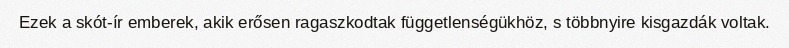
Ezek a skót-ír emberek, akik erősen ragaszkodtak függetlenségükhöz, s többnyire kisgazdák voltak.